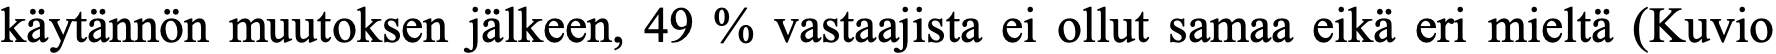
käytännön muutoksen jälkeen, 49 % vastaajista ei ollut samaa eikä eri mieltä (Kuvio